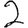
Digit: 2